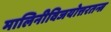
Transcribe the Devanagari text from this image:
मालिनीविजयोत्तरतन्त्र